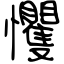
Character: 戄